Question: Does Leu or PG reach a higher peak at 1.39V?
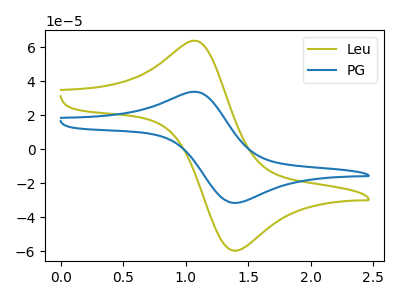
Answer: <think>The olive curve "Leu" has an anodic peak at (1.10V, 63.55uA) and a cathodic peak at (1.40V, -59.80uA). The blue curve "PG" has an anodic peak at (1.10V, 33.65uA) and a cathodic peak at (1.40V, -31.65uA).</think>
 <answer>The peak at 1.39V is higher in "Leu" than in "PG".</answer>
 <eval>higher</eval>